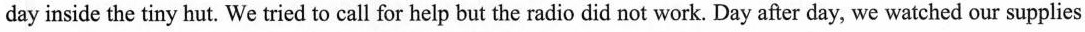
the day inside the tiny hut. We tried to call for help but the radio did not work. Day after day, we watched our supplies